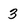
Character: 3